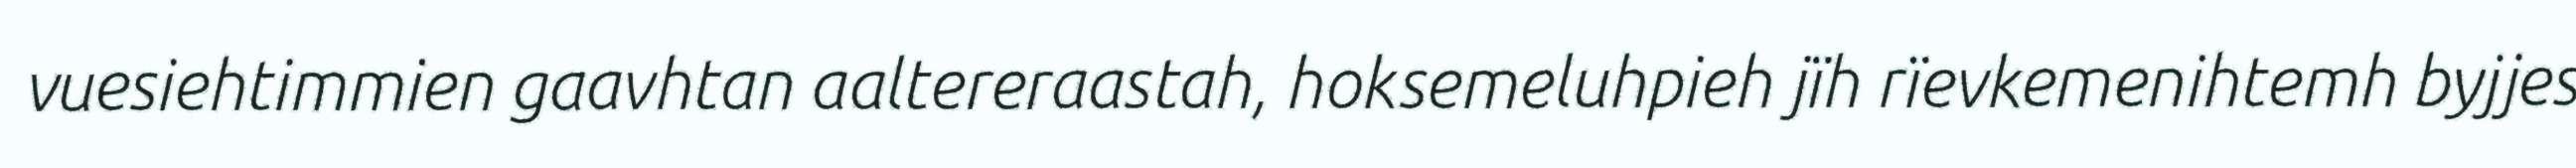
vuesiehtimmien gaavhtan aaltereraastah, hoksemeluhpieh jïh rïevkemenihtemh byjjes